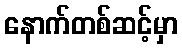
နောက်တစ်ဆင့်မှာ